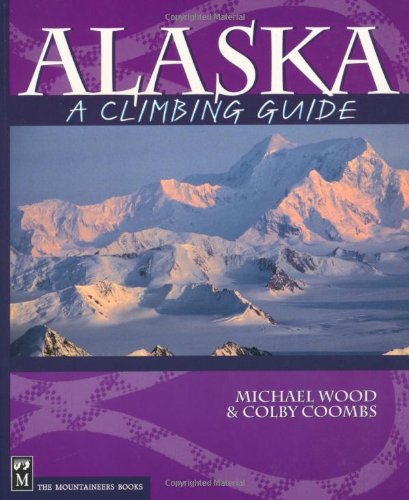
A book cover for Alaska: A Climbing Guide (Climbing Guides); Michael Wood; Sports & Outdoors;